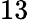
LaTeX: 13